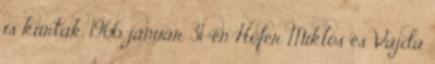
is kiírtak. 1966. január 31-én Hófer Miklós és Vajda